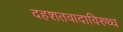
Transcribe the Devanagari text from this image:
दहशतवादाविरुध्ध